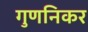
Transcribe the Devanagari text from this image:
गुणनिकर